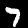
Label: 7